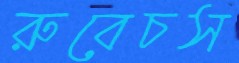
রুবেচস